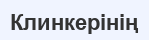
Клинкерінің